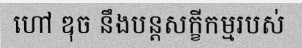
ហៅ ឌុច នឹងបន្តសក្ខីកម្មរបស់